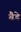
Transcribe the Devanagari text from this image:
बैडे